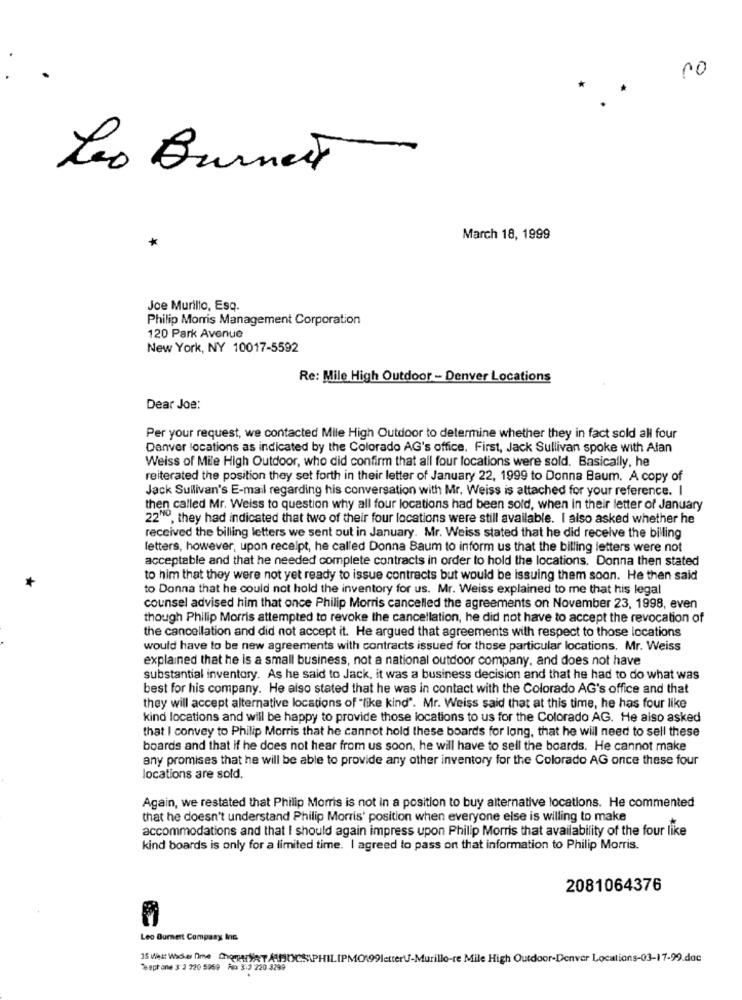
no
* *
Leo Burnett
March 18, 1999
*
Joe Murillo, Esq.
Philip Morris Management Corporation
120 Park Avenue
New York, NY 10017-5592
Re: Mile High Outdoor - Denver Locations
Dear Joe:
Per your request, we contacted Mile High Outdoor to determine whether they in fact sold all four
Denver locations as indicated by the Colorado AG's office. First, Jack Sullivan spoke with Alan
Weiss of Mile High Outdoor, who did confirm that all four locations were sold. Basically, he
reiterated the position they set forth in their letter of January 22, 1999 to Donna Baum. A copy of
Jack Sullivan's E-mail regarding his conversation with Mr. Weiss is attached for your reference. I
then called Mr. Weiss to question why all four locations had been sold, when in their letter of January
22"0, they had indicated that two of their four locations were still available. I also asked whether he
received the billing letters we sent out in January. Mr. Weiss stated that he did receive the billing
letters, however, upon receipt, he called Donna Baum to inform us that the billing letters were not
acceptable and that he needed complete contracts in order to hold the locations. Donna then stated
to him that they were not yet ready to issue contracts but would be issuing them soon. He then said
to Donna that he could not hold the inventory for us. Mr. Weiss explained to me that his legal
counsel advised him that once Philip Morris cancelled the agreements on November 23, 1998, even
though Philip Morris attempted to revoke the cancellation, he did not have to accept the revocation of
the cancellation and did not accept it. He argued that agreements with respect to those locations
would have to be new agreements with contracts issued for those particular locations. Mr. Weiss
explained that he is a small business, not a national outdoor company, and does not have
substantial inventory. As he said to Jack, it was a business decision and that he had to do what was
best for his company. He also stated that he was in contact with the Colorado AG's office and that
they will accept alternative locations of "like kind". Mr. Weiss said that at this time, he has four like
kind locations and will be happy to provide those locations to us for the Colorado AG. He also asked
that I convey to Philip Morris that he cannot hold these boards for long, that he will need to sell these
boards and that if he does not hear from us soon, he will have to sell the boards. He cannot make
any promises that he will be able to provide any other inventory for the Colorado AG once these four
locations are sold.
Again, we restated that Philip Morris is not in a position to buy alternative locations. He commented
that he doesn't understand Philip Morris' position when everyone else is willing to make
accommodations and that I should again impress upon Philip Morris that availability of the four like
kind boards is only for a limited time. I agreed to pass on that information to Philip Morris.
2081064376
Leo Burnett Company Inc.
15 viest Wicker Dime CheperyRT AMISPHILIPMO199letter-Murillo-re Mile High Outdoor-Denver Locations-03-17-99.doc
% epr one 3: 2 220 5959 Aux 3.3 220 3299